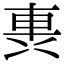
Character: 軣